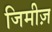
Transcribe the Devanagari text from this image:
जिमीज़